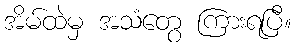
အိမ်ထဲမှ အသံတွေ ကြားရပြီ။